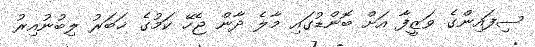
ސިފައިންގެ ވަޒީފާ އަށް ބޮންޑުގައި މާލެ ދާން ޖެހޭ ކަމުގެ ޚަބަރު ލިބުނުއިރު